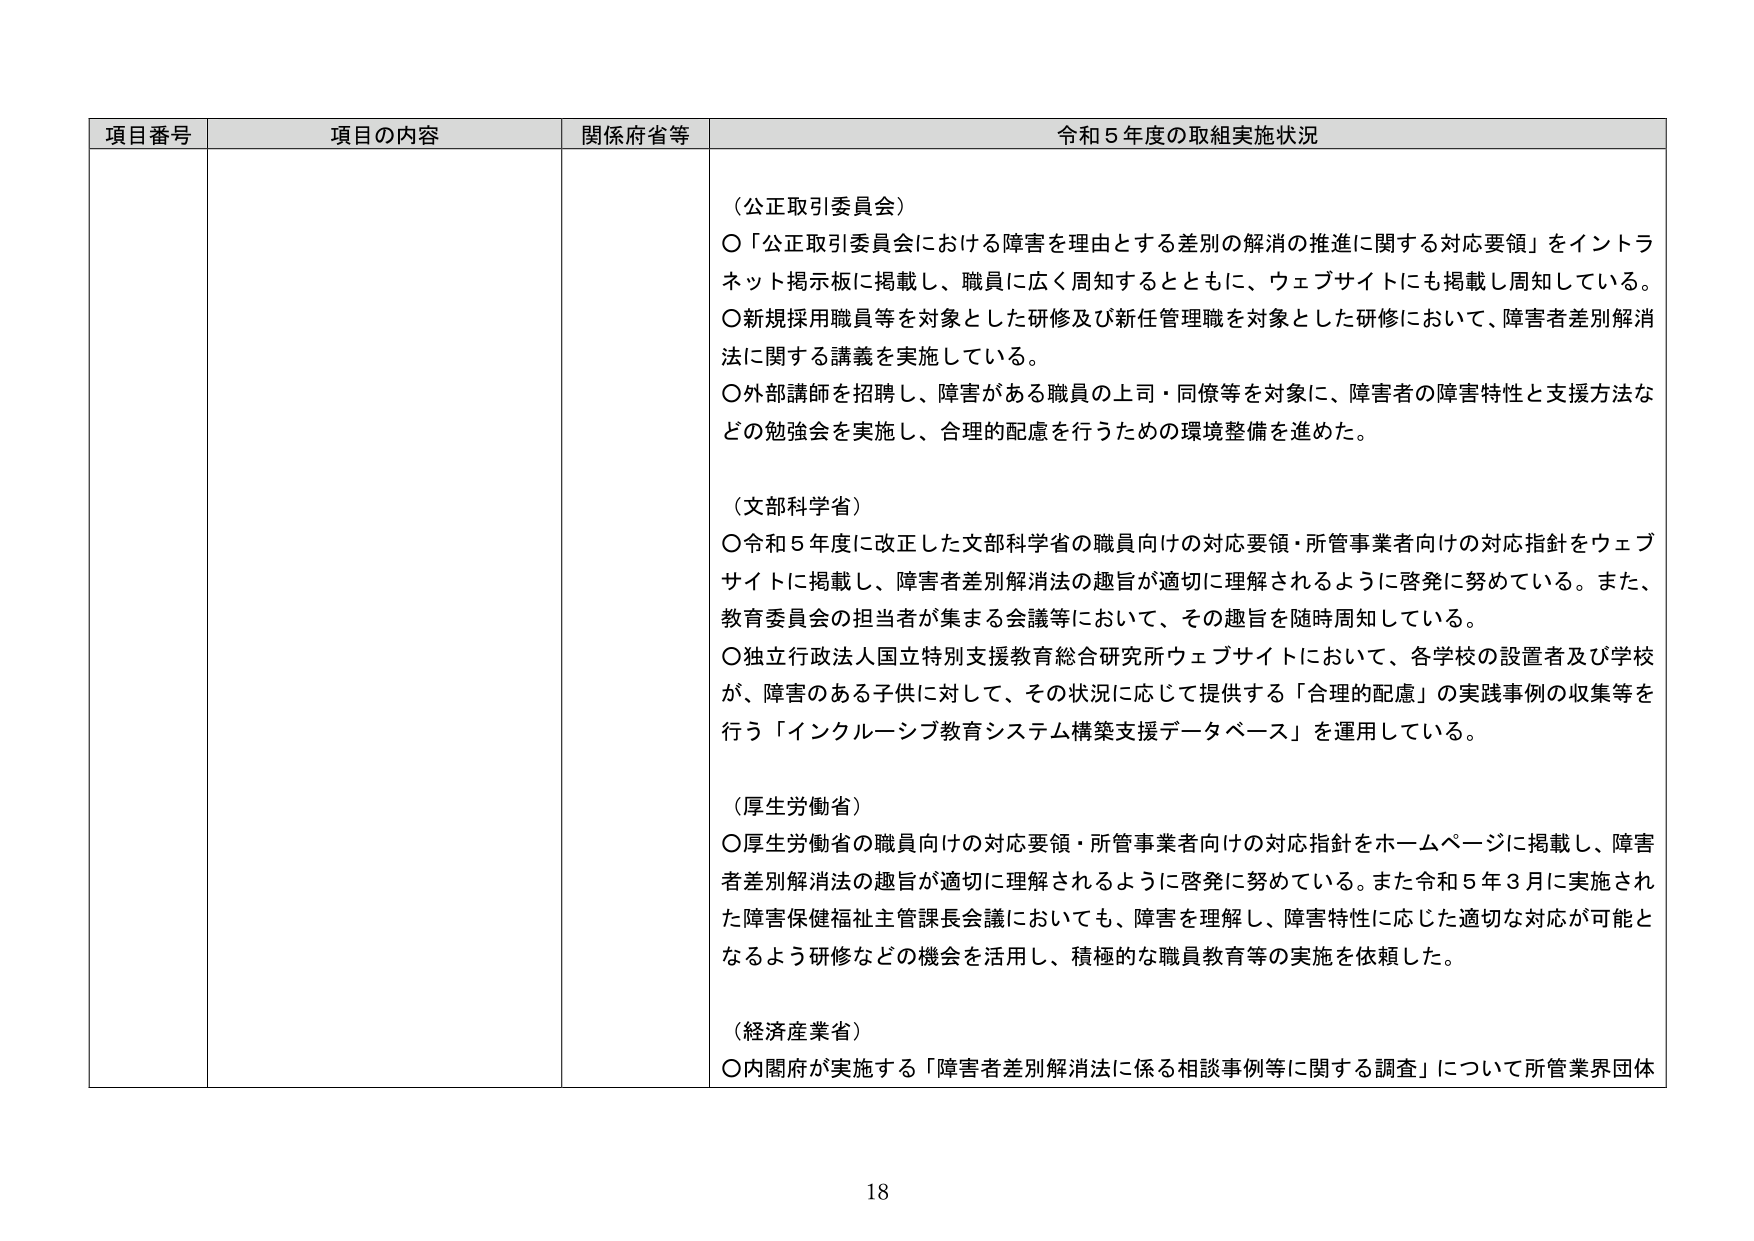
項目番号 項目の内容 関係府省等 令和５年度の取組実施状況
（公正取引委員会）
〇「公正取引委員会における障害を理由とする差別の解消の推進に関する対応要領」をインターネット掲示板に掲載し、職員に広く周知するとともに、ウェブサイトにも掲載し周知している。
〇新規採用職員等を対象とした研修及び新任管理職を対象とした研修において、障害者差別解消法に関する講義を実施している。
〇外部講師を招聘し、障害がある職員の上司・同僚等を対象に、障害者の障害特性と支援方法などの勉強会を実施し、合理的配慮を行うための環境整備を進めた。
（文部科学省）
〇令和５年度に改正した文部科学省の職員向けの対応要領・所管事業者向けの対応指針をウェブサイトに掲載し、障害者差別解消法の趣旨が適切に理解されるように啓発に努めている。また、教育委員会の担当者が集まる会議等において、その趣旨を随時周知している。
〇独立行政法人国立特別支援教育総合研究所ウェブサイトにおいて、各学校の設置者及び学校が、障害のある子供に対して、その状況に応じて提供する「合理的配慮」の実践事例の収集等を行う「インクルーシブ教育システム構築支援データベース」を運用している。
（厚生労働省）
〇厚生労働省の職員向けの対応要領・所管事業者向けの対応指針をホームページに掲載し、障害者差別解消法の趣旨が適切に理解されるように啓発に努めている。また令和５年３月に実施された障害保健福祉主管課長会議においても、障害を理解し、障害特性に応じた適切な対応が可能となるよう研修などの機会を活用し、積極的な職員教育等の実施を依頼した。
（経済産業省）
〇内閣府が実施する「障害者差別解消法に係る相談事例等に関する調査」について所管業界団体
18